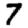
Digit: 7